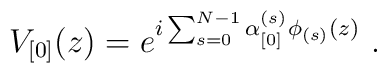
V_{\lbrack 0\rbrack}(z) = e^{i\sum_{s=0}^{N-1}\alpha^{(s)}_{\lbrack 0\rbrack}\phi_{(s)}(z)}~.